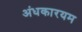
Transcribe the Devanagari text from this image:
अंधकारयम